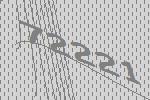
72221